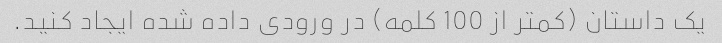
یک داستان (کمتر از 100 کلمه) در ورودی داده شده ایجاد کنید.